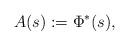
LaTeX: \begin{align*}A(s):=\Phi^*(s),\end{align*}